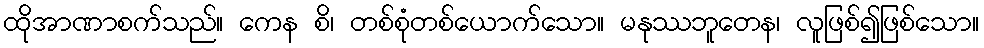
ထိုအာဏာစက်သည်။ ကေန စိ၊ တစ်စုံတစ်ယောက်သော။ မနုဿဘူတေန၊ လူဖြစ်၍ဖြစ်သော။